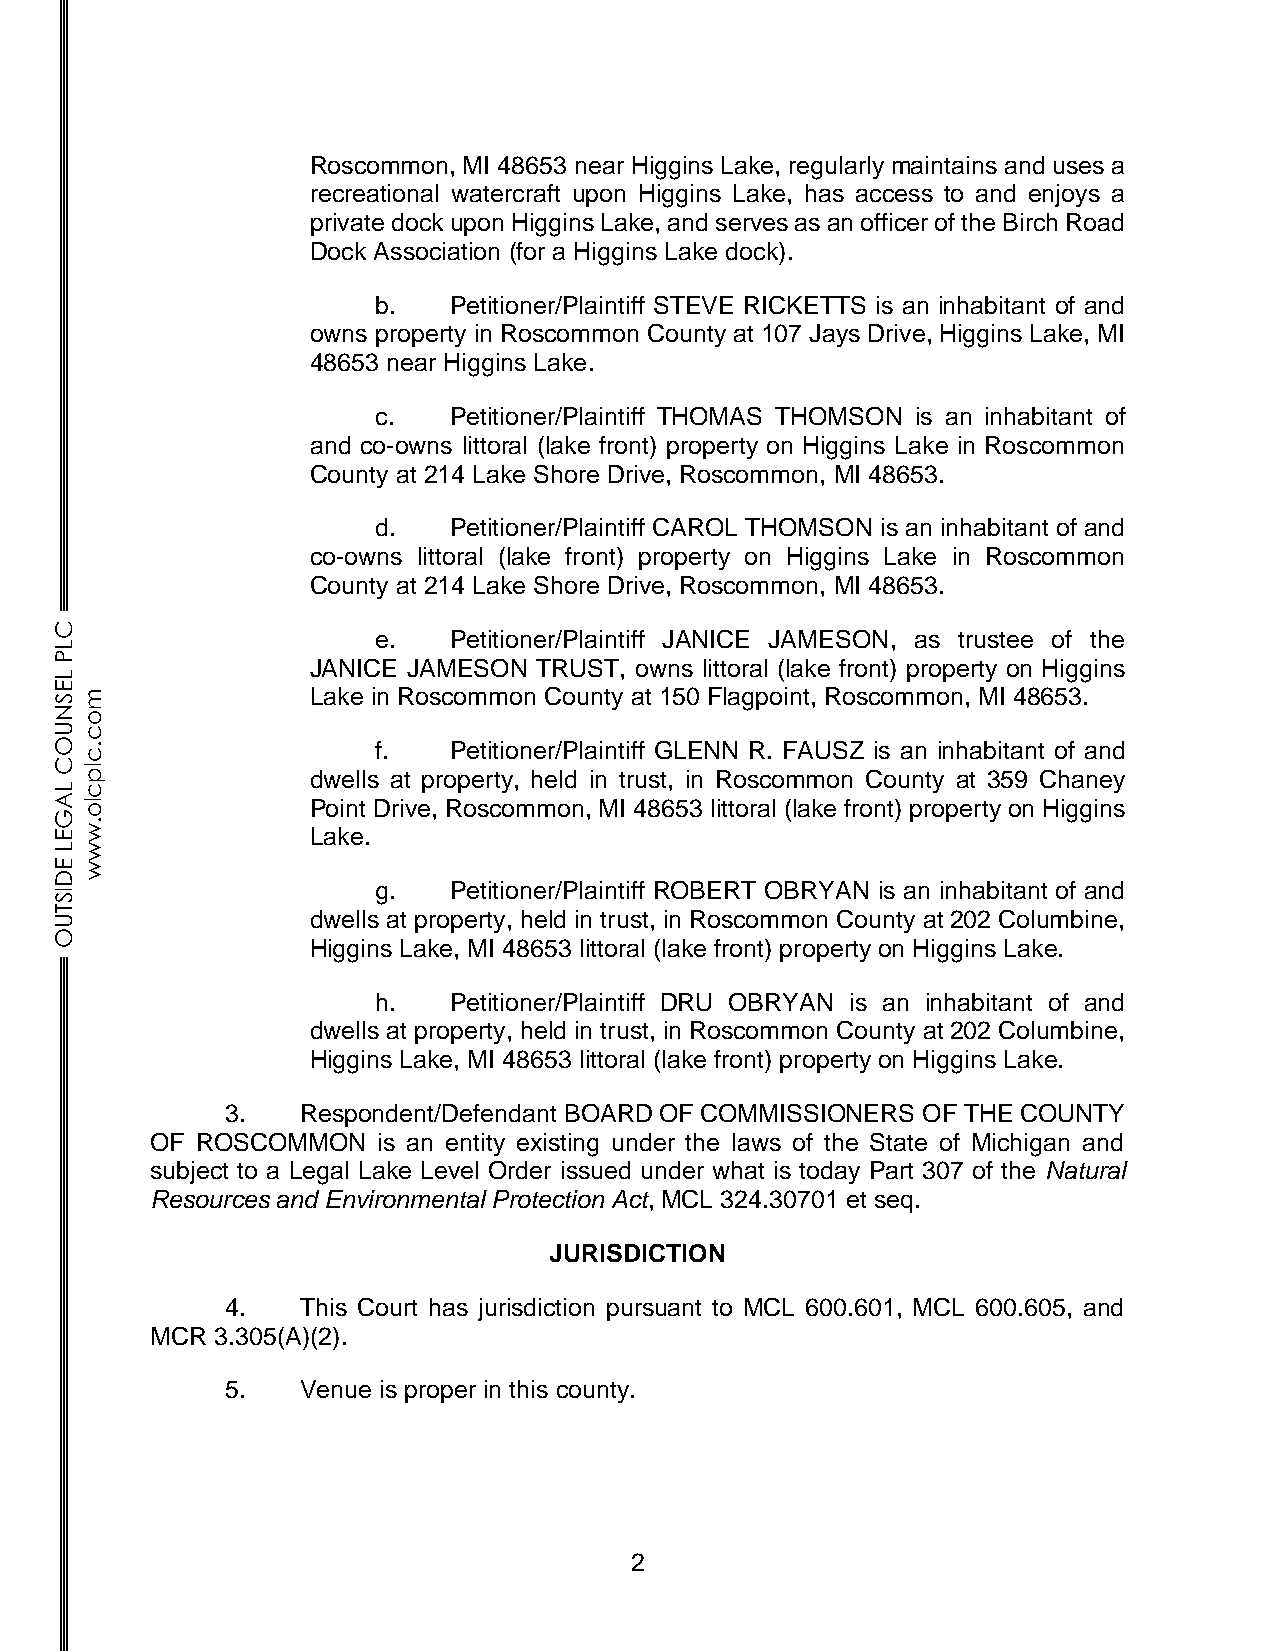
Roscommon, MI 48653 near Higgins Lake, regularly maintains and uses a
 recreational watercraft upon Higgins Lake, has access to and enjoys a
 private dock upon Higgins Lake, and serves as an officer of the Birch Road
 Dock Association (for a Higgins Lake dock).
 b.   Petitioner/Plaintiff STEVE RICKETTS is an inhabitant of and
 owns property in Roscommon County at 107 Jays Drive, Higgins Lake, MI
 48653 near Higgins Lake.
 c.   Petitioner/Plaintiff THOMAS THOMSON is an inhabitant of
 and co-owns littoral (lake front) property on Higgins Lake in Roscommon
 County at 214 Lake Shore Drive, Roscommon, MI 48653.
 d.   Petitioner/Plaintiff CAROL THOMSON is an inhabitant of and
 co-owns littoral (lake front) property on Higgins Lake in Roscommon
 County at 214 Lake Shore Drive, Roscommon, MI 48653.
 C
 e.   Petitioner/Plaintiff JANICE JAMESON, as trustee of the
 L
 P
 JANICE JAMESON TRUST, owns littoral (lake front) property on Higgins
 L
 E Sm            Lake in Roscommon County at 150 Flagpoint, Roscommon, MI 48653.
 N
 o
 Uc
 O.                   f.   Petitioner/Plaintiff GLENN R. FAUSZ is an inhabitant of and
 c
 Clp
 dwells at property, held in trust, in Roscommon County at 359 Chaney
 Lc
 Alo             Point Drive, Roscommon, MI 48653 littoral (lake front) property on Higgins
 G
 .
 Ew              Lake.
 Lw
 Ew
 D
 g.   Petitioner/Plaintiff ROBERT OBRYAN is an inhabitant of and
 IS
 T U             dwells at property, held in trust, in Roscommon County at 202 Columbine,
 O
 Higgins Lake, MI 48653 littoral (lake front) property on Higgins Lake.
 h.   Petitioner/Plaintiff DRU OBRYAN is an inhabitant of and
 dwells at property, held in trust, in Roscommon County at 202 Columbine,
 Higgins Lake, MI 48653 littoral (lake front) property on Higgins Lake.
 3.   Respondent/Defendant BOARD OF COMMISSIONERS OF THE COUNTY
 OF ROSCOMMON   is an entity existing under the laws of the State of Michigan and
 subject to a Legal Lake Level Order issued under what is today Part 307 of the Natural
 Resources and Environmental Protection Act, MCL 324.30701 et seq.
 JURISDICTION
 4.   This Court has jurisdiction pursuant to MCL 600.601, MCL 600.605, and
 MCR 3.305(A)(2).
 5.   Venue is proper in this county.
 2